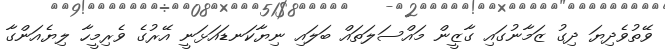
ވޭތުވެދިޔަ ދިގު ޒަމާނުގައި ގާޒީން މައްސަލަތައް ބަލައި ނިޔާކަނޑައަޅަނީ އޭރުގެ ވެރިމީހާ ލިޔެއަންގާ